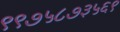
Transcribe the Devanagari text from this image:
९९७५८७३५६९